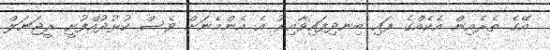
އޭގެ ތެރެއިން އެކެއްގެ ފައި ބިނދިފައިވާއިރު އެ އެންމެނަށް ވެސް ކުޅުދުއްފުށީ ރީޖަނަލް